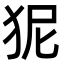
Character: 狔